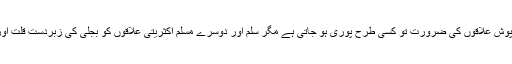
نتیجہ یہ ہوتا ہے کہ وی آئی پی اور پوش علاقوں کی ضرورت تو کسی طرح پوری ہو جاتی ہے مگر سلم اور دوسرے مسلم اکثریتی علاقوں کو بجلی کی زبردست قلت اور لوڈ شیڈنگ کاکرب جھیلنا پڑتا ہے۔